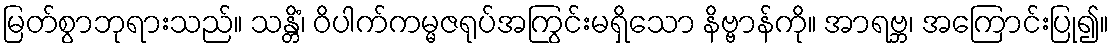
မြတ်စွာဘုရားသည်။ သန္တိံ၊ ဝိပါက်ကမ္မဇရုပ်အကြွင်းမရှိသော နိဗ္ဗာန်ကို။ အာရဗ္ဘ၊ အကြောင်းပြု၍။